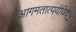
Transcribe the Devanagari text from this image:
आगमतात्पर्यविद्